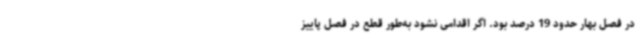
در فصل بهار حدود 19 درصد بود. اگر اقدامی نشود به‌طور قطع در فصل پاییز